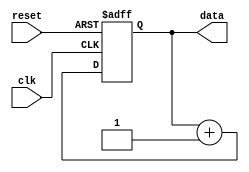
module repeat_loop (
    input wire clk,          // Clock signal
    input wire reset,        // Reset signal to terminate the loop
    output reg [7:0] data    // Example output data
);

    // Initialization
    initial begin
        data = 8'b0; // Initialize data
    end

    // Infinite Repeat Loop
    always @(posedge clk or posedge reset) begin
        if (reset) begin
            // Reset condition, can be used to exit the loop
            data <= 8'b0; // Reset data
        end else begin
            // Execution of statements within the loop
            // Example operation: Increment data
            data <= data + 1;
            // Additional operations can be added here
        end
    end

endmodule